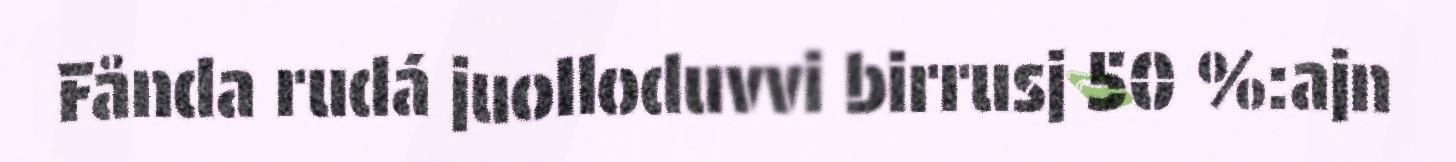
Fånda rudá juolloduvvi birrusj 50 %:ajn